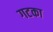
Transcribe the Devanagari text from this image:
गटका